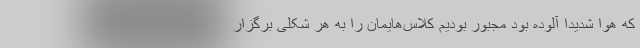
که هوا شدیدا آلوده بود مجبور بودیم کلاس‌هایمان را به هر شکلی برگزار